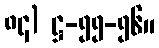
၈၄) ဋ္ဌ-၅၅-၅၆။